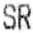
SR